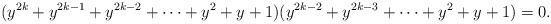
LaTeX: \begin{align*}(y^{2k}+y^{2k-1}+y^{2k-2}+\dots +y^2+y+1)(y^{2k-2}+y^{2k-3}+\dots +y^2+y+1)=0.\end{align*}